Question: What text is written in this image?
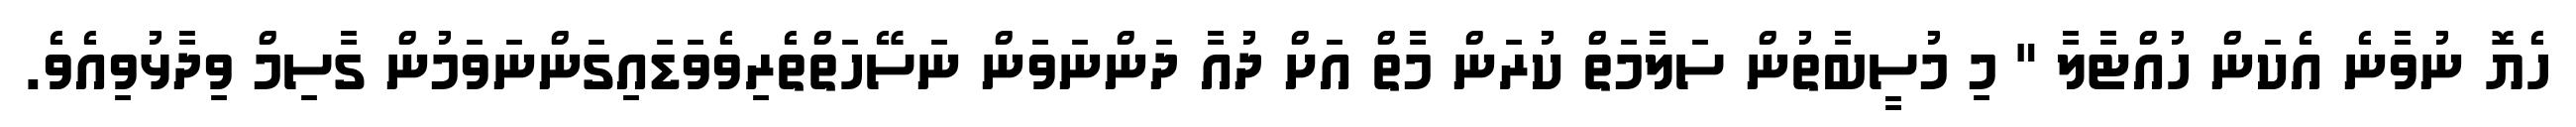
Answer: ހެޔޮ ނުވާނެ އެކަން ހުއްޓާލާ " މި މުސީބާތުން ސަލާމަތް ކުރަން މާތް އަށް ދުއާ ދަންނަވަން ނަސޭހަތްތެރިވެވަޑައިގަންނަވަމުން ގާސިމް ވިދާޅުވިއެވެ.